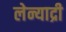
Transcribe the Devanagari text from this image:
लेन्याद्री